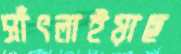
সাঁৎলাইয়াছ